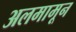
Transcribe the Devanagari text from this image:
अलमामून